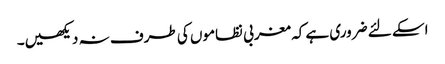
اسکے لئے ضروری ہے کہ مغربی نظاموں کی طرف نہ دیکھیں۔